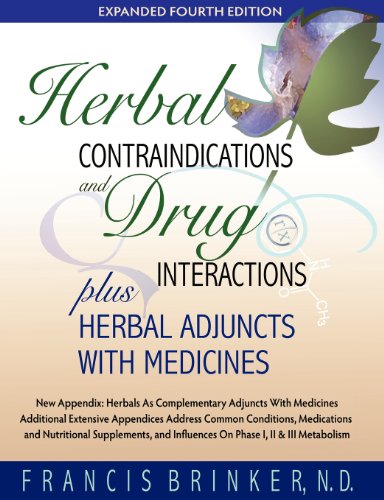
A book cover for Herbal Contraindications and Drug Interactions: Plus Herbal Adjuncts with Medicines, 4th Edition; Francis Brinker; Medical Books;